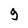
Character: 9